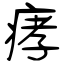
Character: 痚